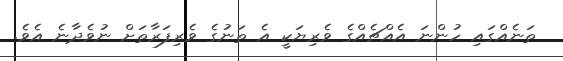
ތަނެއްގައި ހުންނަ އެއްޗެއްގެ ވެރިޔަކީ އެ ތަނުގެ ވެރިފަރާތަށް ނުވެދާނެ އެވެ.